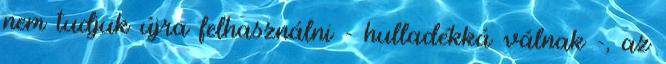
nem tudjuk újra felhasználni - hulladékká válnak -, az